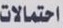
احتمالات